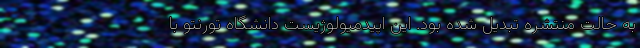
به حالت منتشره تبدیل شده بود. این اپیدمیولوژیست دانشگاه تورنتو با